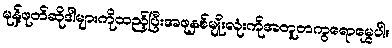
မုန့်ဖုတ်ဆိုဒါများကိုထည့်ပြီးအဖုနှစ်မျိုးလုံးကိုအတူတကွရောမွှေပါ။